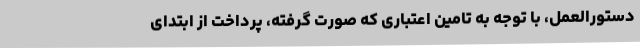
دستورالعمل، با توجه به تامین اعتباری که صورت گرفته، پرداخت از ابتدای